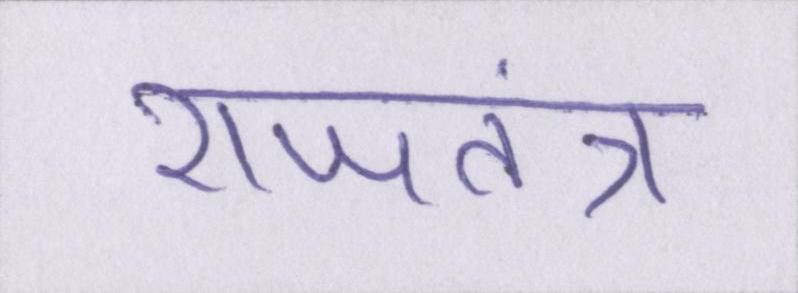
राजतंत्र